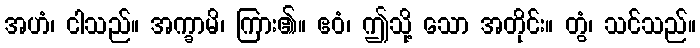
အဟံ၊ ငါသည်။ အက္ခာမိ၊ ကြား၏။ ဧဝံ၊ ဤသို့ သော အတိုင်း။ တွံ၊ သင်သည်။